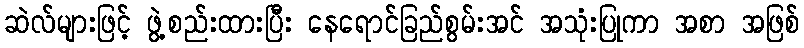
ဆဲလ်များဖြင့် ဖွဲ့စည်းထားပြီး နေရောင်ခြည်စွမ်းအင် အသုံးပြုကာ အစာ အဖြစ်